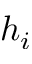
h _ { i }